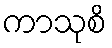
ကာသုစိ